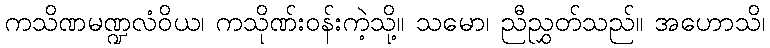
ကသိဏမဏ္ဍလံဝိယ၊ ကသိုဏ်းဝန်းကဲ့သို့။ သမော၊ ညီညွှတ်သည်။ အဟောသိ၊